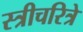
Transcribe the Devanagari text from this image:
स्त्रीचरित्रे